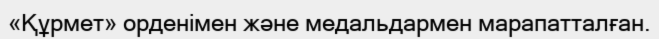
«Құрмет» орденімен және медальдармен марапатталған.